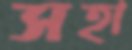
সহা